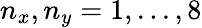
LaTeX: n_{x},n_{y}=1,...,8